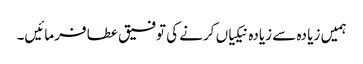
ہمیں زیا دہ سے زیادہ نیکیاں کرنے کی توفیق عطا فرمائیں۔